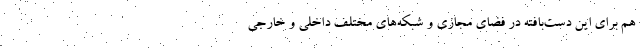
هم برای این دست‌بافته در فضای مجازی و شبکه‌های مختلف داخلی و خارجی